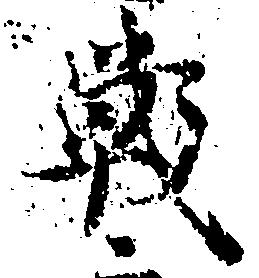
戦